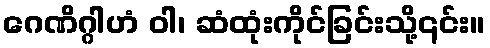
ဂေဏိဂ္ဂါဟံ ဝါ၊ ဆံထုံးကိုင်ခြင်းသို့၎င်း။